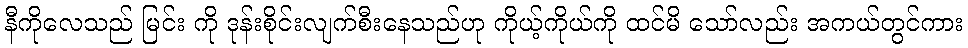
နီကိုလေသည် မြင်း ကို ဒုန်းစိုင်းလျက်စီးနေသည်ဟု ကိုယ့်ကိုယ်ကို ထင်မိ သော်လည်း အကယ်တွင်ကား